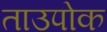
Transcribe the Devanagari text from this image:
ताउपोक